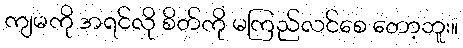
ကျမကို အရင်လို စိတ်ကို မကြည်လင်စေ တော့ဘူး။